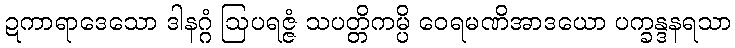
ဍကာရာဒေသော ဒါနဂ္ဂံ ဩပရဇ္ဇံ သပတ္တိကမ္ပိ ဝေရမဏိအာဒယော ပက္ခန္ဒနရသာ